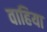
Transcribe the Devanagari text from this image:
वाहिया